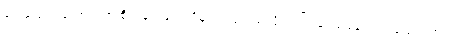
ရွှေ့ပြောင်းတောင်ယာ စိုက်ခင်းတွေ ပိုများလာတယ်လို့လည်း ဒေသခံတွေက ပြောပါတယ်။